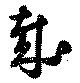
哉